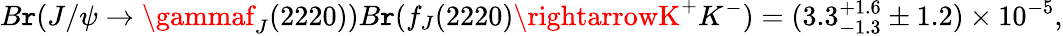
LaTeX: B\mathtt{r}(J/\psi\rightarrow\gammaf_{J}(2220))B\mathtt{r}(f_{J}(2220)\rightarrowK^{+}K^{-})=(3.3_{-1.3}^{+1.6}\pm1.2)\times10^{-5},